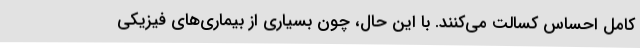
کامل احساس کسالت می‌کنند. با این حال، چون بسیاری از بیماری‌های فیزیکی